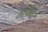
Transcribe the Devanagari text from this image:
माझेब्वर